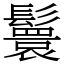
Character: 鬟